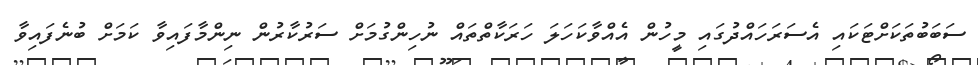
ސަބަބުތަކަށްޓަކައި އެސަރަހައްދުގައި މީހުން އެއްވާކަހަލަ ހަރަކާތްތައް ނުހިންގުމަށް ސަރުކާރުން ނިންމާފައިވާ ކަމަށް ބުނެފައިވާ